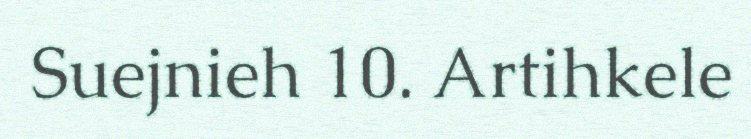
Suejnieh 10. Artihkele